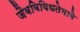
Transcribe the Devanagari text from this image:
जैवविविधतेमागे